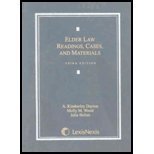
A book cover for Elder Law: Readings, Cases, and Materials; A. Kimberley Dayton; Law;